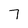
Character: 7